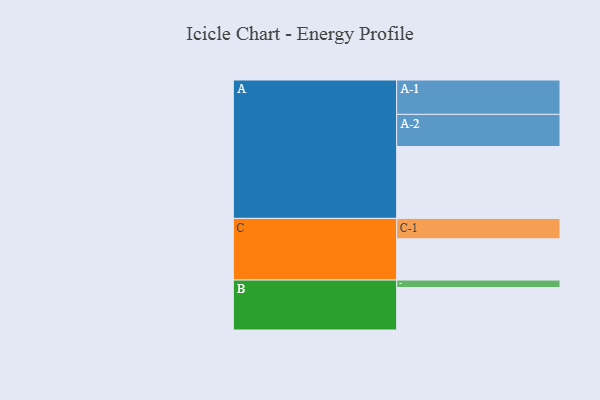
{"axis": {"x": "Segment", "y": "Value"}, "legend": ["", "A", "B", "C"], "data": [{"x": "A", "y": 558, "type": ""}, {"x": "B", "y": 330, "type": ""}, {"x": "C", "y": 320, "type": ""}, {"x": "A-1", "y": 267, "type": "A"}, {"x": "A-2", "y": 250, "type": "A"}, {"x": "B-1", "y": 58, "type": "B"}, {"x": "C-1", "y": 159, "type": "C"}]}